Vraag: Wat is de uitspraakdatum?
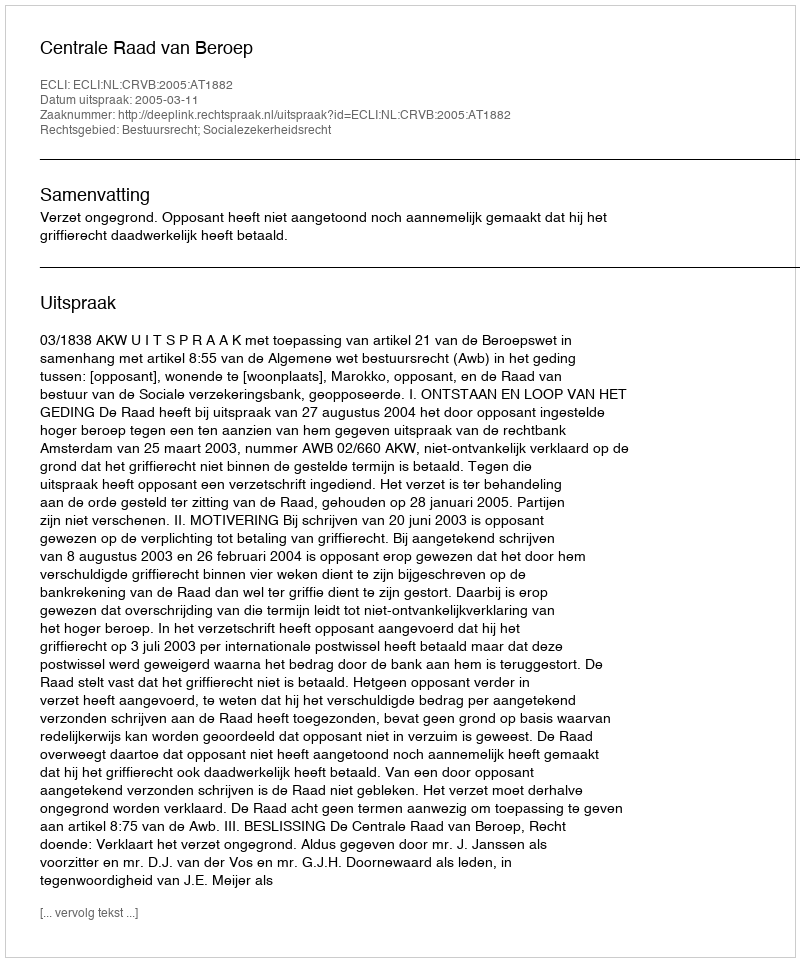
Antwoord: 2005-03-11